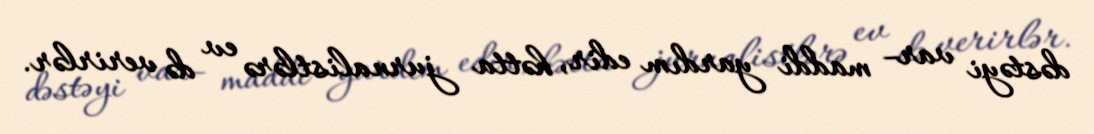
dəstəyi var– maddi yardım edir, hətta jurnalistlərə ev də verirlər.